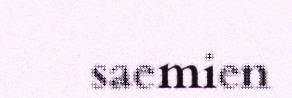
saemien